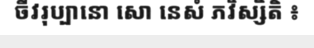
ចីវរុប្បានោ សោ នេសំ ភវិស្សិតិ ៖